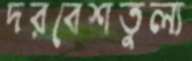
দরবেশতুল্য